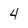
Character: 4